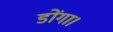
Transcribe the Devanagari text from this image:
डोंगा।